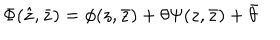
LaTeX: \Phi ( \hat { z } , \bar { z } ) = \phi ( z , \bar { z } ) + \theta \Psi ( z , \bar { z } ) + \bar { \theta }